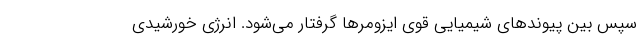
سپس بین پیوندهای شیمیایی قوی ایزومرها گرفتار می‌شود. انرژی خورشیدی